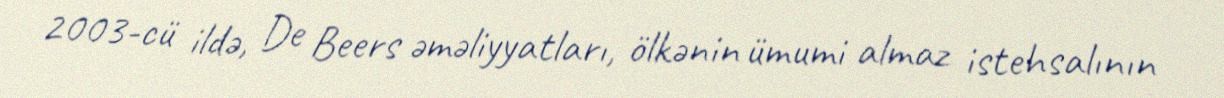
2003-cü ildə, De Beers əməliyyatları, ölkənin ümumi almaz istehsalının